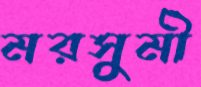
মরসুমী